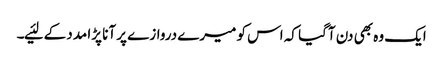
ایک وہ بھی دن آگیا کہ اس کو میرے دروازے پر آنا پڑا مدد کے لئیے۔